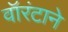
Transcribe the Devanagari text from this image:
वॉरंटाने